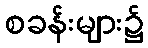
စခန်းများ၌